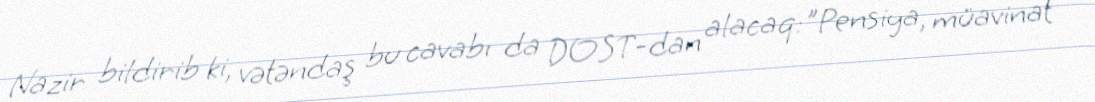
Nazir bildirib ki, vətəndaş bu cavabı da DOST-dan alacaq:"Pensiya, müavinat